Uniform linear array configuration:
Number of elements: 64
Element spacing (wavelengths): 0.25
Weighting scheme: kaiser
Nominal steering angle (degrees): -15
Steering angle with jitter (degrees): -14.522
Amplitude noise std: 0.05
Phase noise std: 0.05

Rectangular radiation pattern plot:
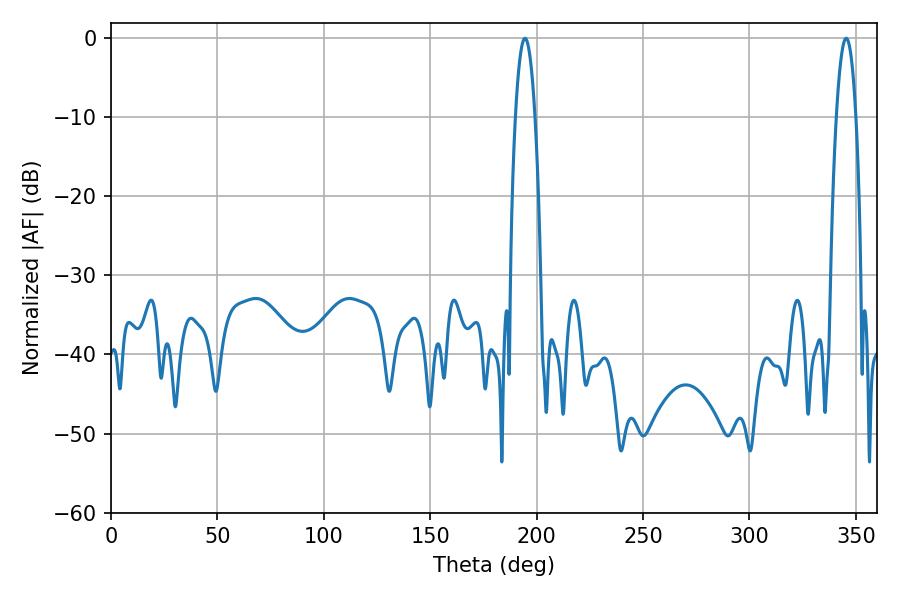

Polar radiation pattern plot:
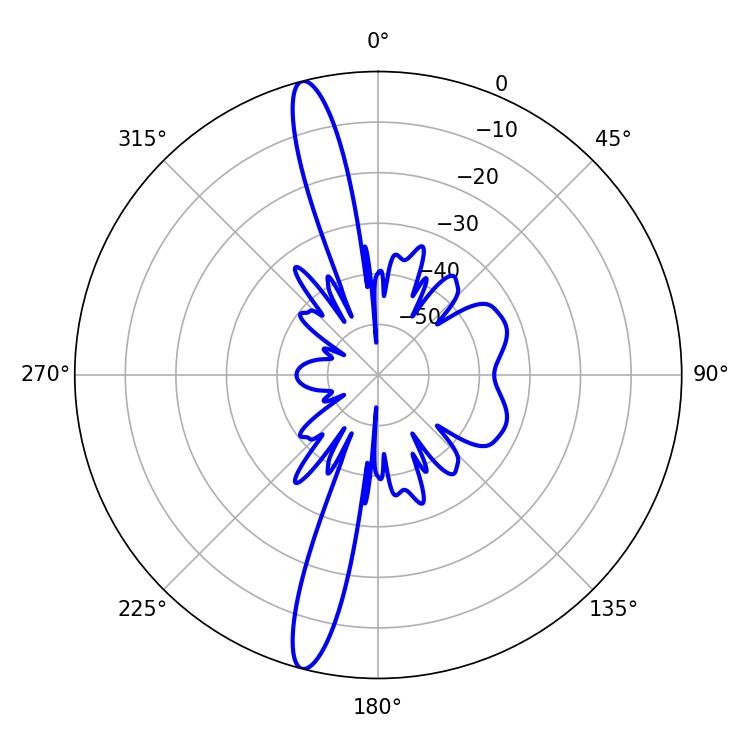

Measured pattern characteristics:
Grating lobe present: FALSE
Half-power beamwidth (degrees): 5.04
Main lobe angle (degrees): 345.42